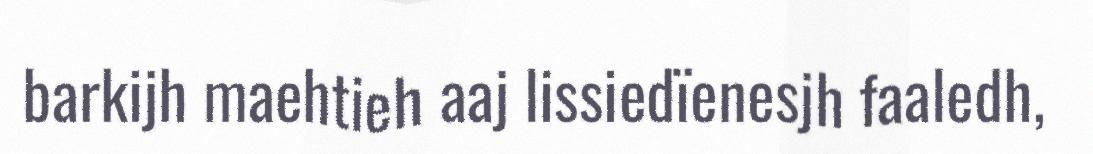
barkijh maehtieh aaj lissiedïenesjh faaledh,